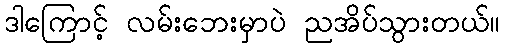
ဒါကြောင့် လမ်းဘေးမှာပဲ ညအိပ်သွားတယ်။